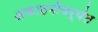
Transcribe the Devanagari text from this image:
अकादमीपर्यंत